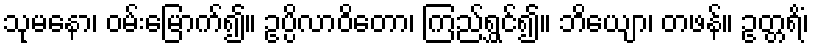
သုမနော၊ ဝမ်းမြောက်၍။ ဥပ္ပိလာဝိတော၊ ကြည်ရွှင်၍။ ဘိယျော၊ တဖန်။ ဥတ္တရိံ၊